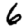
Digit: 6